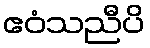
ဧဝံသညီပိ